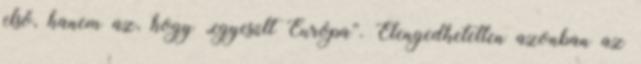
első, hanem az, hogy „egyesült Európa”. Elengedhetetlen azonban az